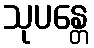
သုပန္တေ